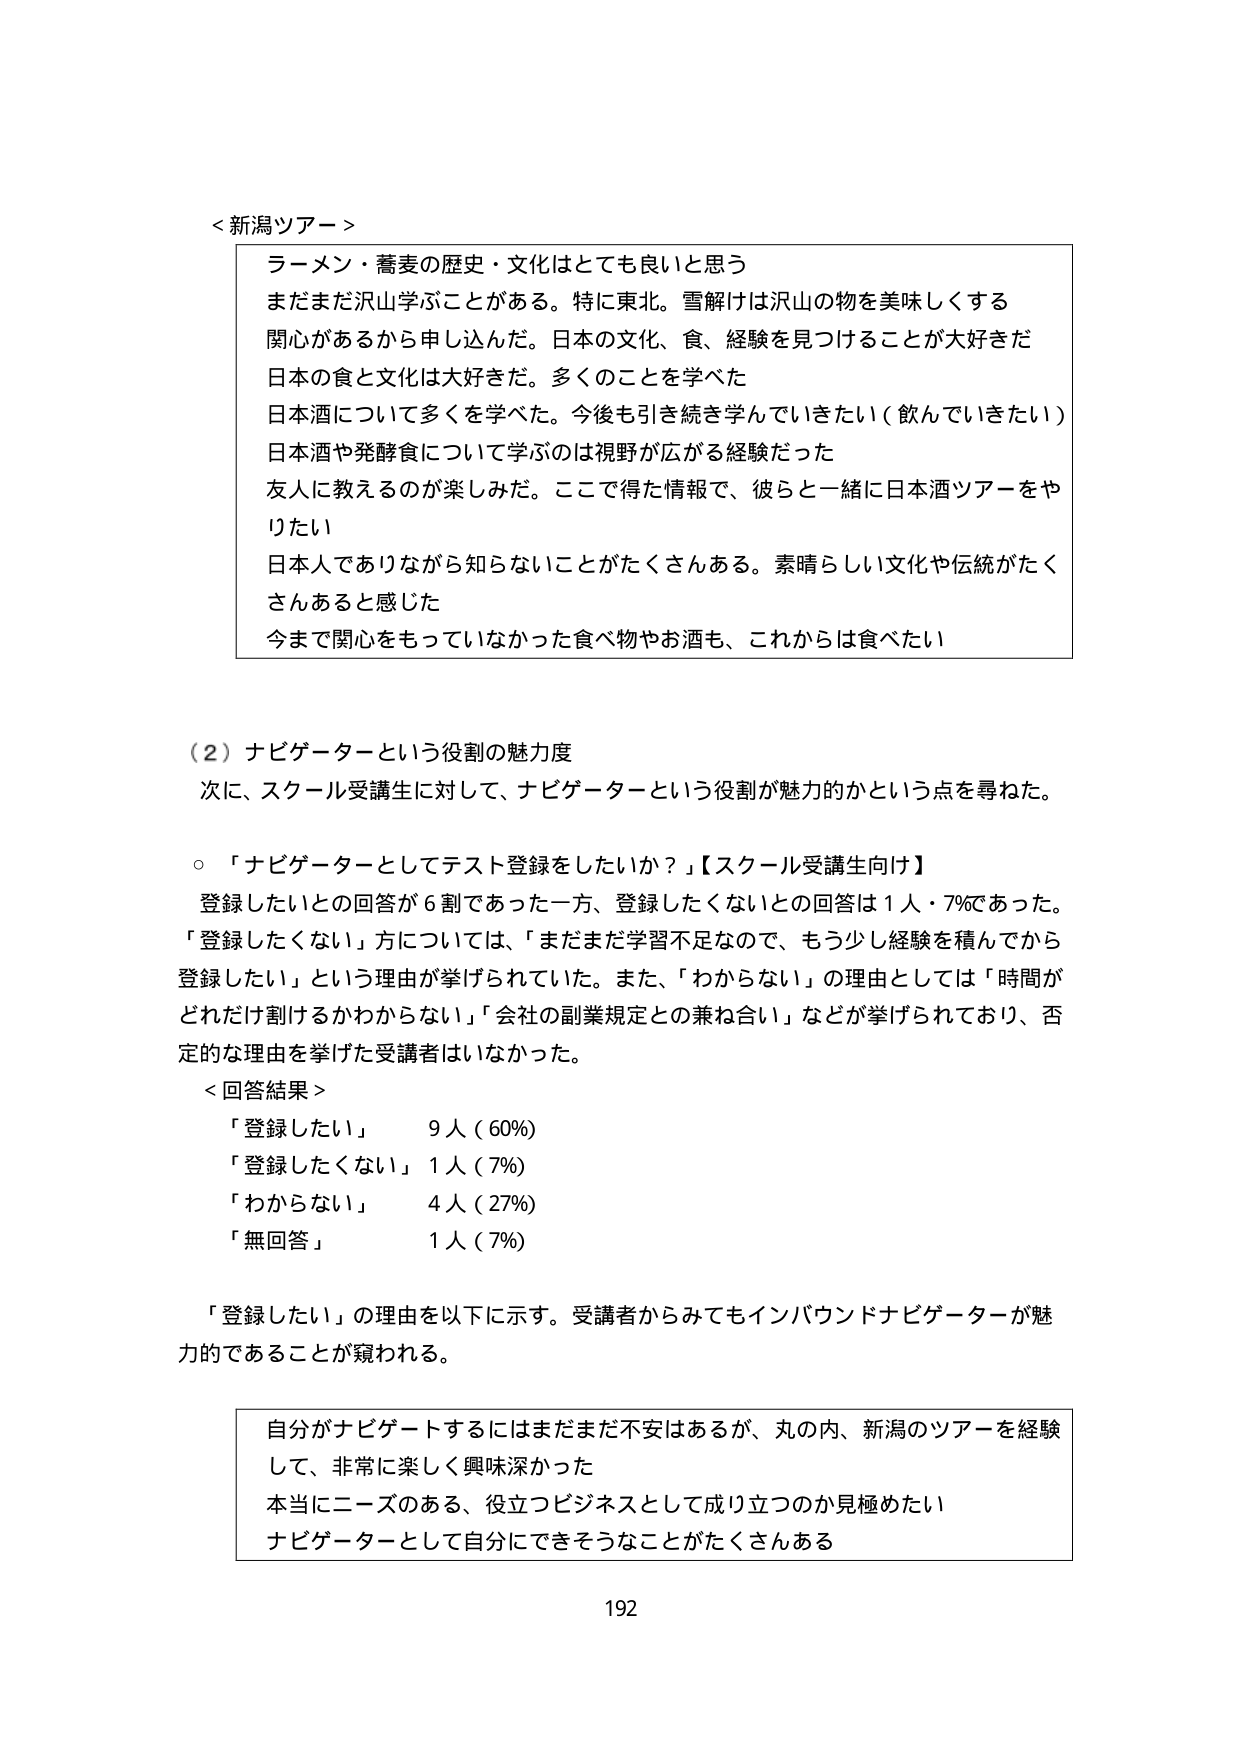
＜新潟ツアー＞
ラーメン・蕎麦の歴史・文化はとても良いと思う
まだまだ沢山学ぶことがある。特に東北。雪解けは沢山の物を美味しくする
関心があるから申し込んだ。日本の文化、食、経験を見つけることが大好きだ
日本の食と文化は大好きだ。多くのことを学べた
日本酒について多くを学べた。今後も引き続き学んでいきたい（飲んでいきたい）
日本酒や発酵食について学ぶのは視野が広がる経験だった
友人に教えるのが楽しみだ。ここで得た情報で、彼らと一緒に日本酒ツアーをやりたい
日本人でありながら知らないことがたくさんある。素晴らしい文化や伝統がたくさんあると感じた
今まで関心をもっていなかった食べ物やお酒も、これからは食べたい

（２）ナビゲーターという役割の魅力度
次に、スクール受講生に対して、ナビゲーターという役割が魅力的かという点を尋ねた。

○「ナビゲーターとしてテスト登録をしたいか？」【スクール受講生向け】
登録したいとの回答が６割であった一方、登録したくないとの回答は１人・７％であった。
「登録したくない」方については、「まだまだ学習不足なので、もう少し経験を積んでから登録したい」という理由が挙げられていた。また、「わからない」の理由としては「時間がどれだけ割けるかわからない」「会社の副業規定との兼ね合い」などが挙げられており、否定的な理由を挙げた受講者はいなかった。

＜回答結果＞
「登録したい」　　９人（60％）
「登録したくない」　１人（7％）
「わからない」　　４人（27％）
「無回答」　　　　１人（7％）

「登録したい」の理由を以下に示す。受講者からみてもインバウンドナビゲーターが魅力的であることが窺われる。

自分がナビゲートするにはまだまだ不安はあるが、丸の内、新潟のツアーを経験して、非常に楽しく興味深かった
本当にニーズのある、役立つビジネスとして成り立つのか見極めたい
ナビゲーターとして自分にできそうなことがたくさんある

192